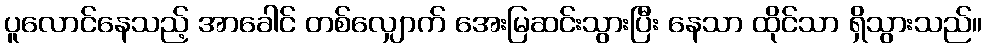
ပူလောင်နေသည့် အာခေါင် တစ်လျှောက် အေးမြဆင်းသွားပြီး နေသာ ထိုင်သာ ရှိသွားသည်။